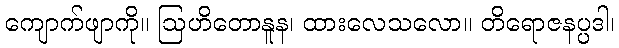
ကျောက်ဖျာကို။ ဩဟိတောနူန၊ ထားလေသလော။ တိရောဇနပ္ပဒါ၊